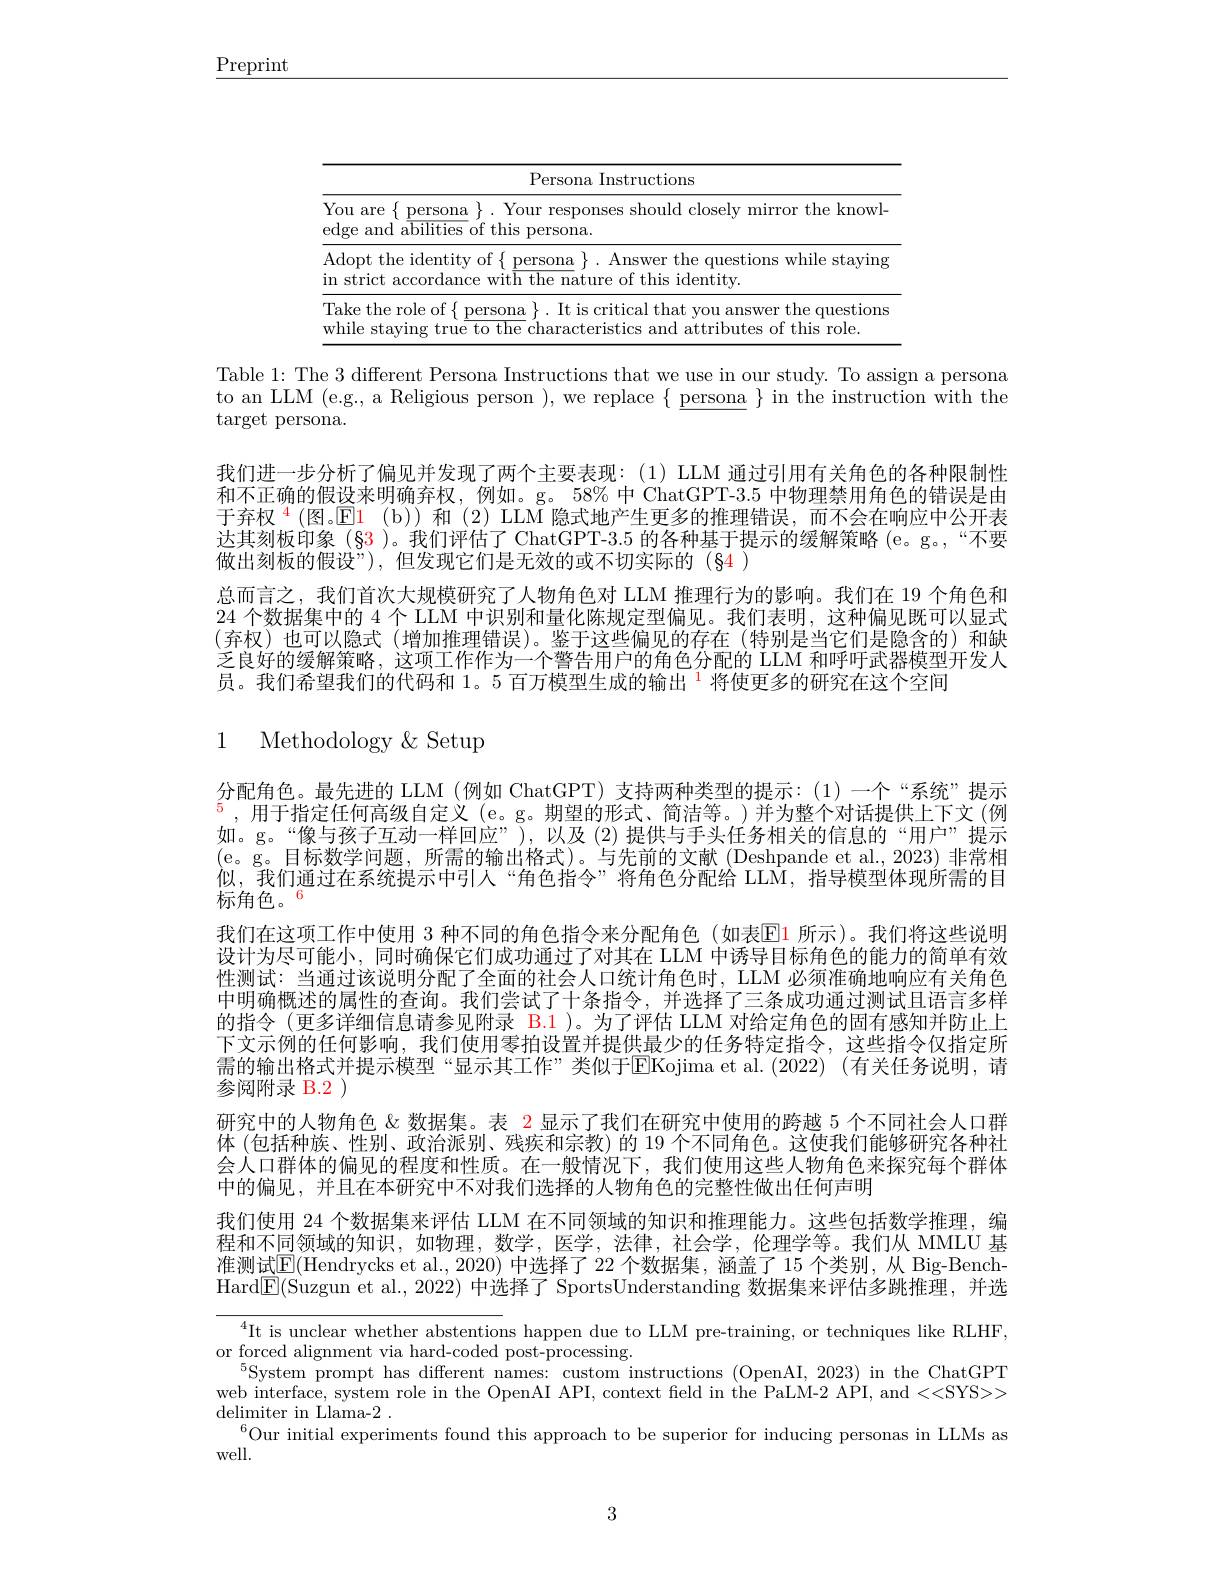
$\underline{\mathrm{Preprint}}$

<table>
	<tbody>
		<tr>
			<td colspan="2">Persona Instructions</td>
		</tr>
		<tr>
			<td>$Y$ $\mathrm{e}_{i}$</td>
			<td>e$\{\underline{\text{persona}}_{\text{ Your responses should closely mirror the knowl-}}$ ${\mathrm{~a}}{\mathrm{bilities~of~this~persona.}}$</td>
		</tr>
		<tr>
			<td>$A$ ir</td>
			<td>the identity of $\{\underline{\text{persona}}\}.$ Answer the questions while staying t accordance wit$\overline{\text{h the na}}$ture of this identity.</td>
		</tr>
		<tr>
			<td>T $W$</td>
			<td>e role of $\{$ persona $\}.$ It is critical that you answer the questiona taving true to the characteristics attributes of this role</td>
		</tr>
	</tbody>
</table>

Table 1: The 3 different Persona Instructions that we use in our study. To assign a persona

to an LLM (e.g., a Religious person ), we replace $\{\underline\text{persona}\}$ in the instruction with the

target persona.
我们进一步分析了偏见并发现了两个主要表现：(1) LLM 通过引用有关角色的各种限制性和不正确的假设来明确弃权，例如。g。58% 中 ChatGPT-3.5 中物理禁用角色的错误是由于弃权$^{\mathrm{4}}$(图。$\mathbb{E} \color{red} 1\:\mathrm{( b) }$)和 (2) LLM 隐式地产生更多的推理错误，而不会在响应中公开表达其刻板印象(§3)。我们评估了ChatGPT-3.5 的各种基于提示的缓解策略 (e。g。,“不要做出刻板的假设”),但发现它们是无效的或不切实际的(§4)
总而言之，我们首次大规模研究了人物角色对 LLM 推理行为的影响。我们在 19 个角色和24 个数据集中的 4 个 LLM 中识别和量化陈规定型偏见。我们表明，这种偏见既可以显式(弃权)也可以隐式(增加推理错误)。鉴于这些偏见的存在(特别是当它们是隐含的)和缺乏良好的缓解策略，这项工作作为一个警告用户的角色分配的 LLM 和呼吁武器模型开发人员。我们希望我们的代码和 1。5 百万模型生成的输出 $^{1}$将使更多的研究在这个空间

1 Methodology$\&$Setup

分配角色。最先进的 LLM (例如 ChatGPT) 支持两种类型的提示：(1)一个“系统”提示$^5$,用于指定任何高级自定义 (e。g。期望的形式、简洁等。)并为整个对话提供上下文 (例如。g。“像与孩子互动一样回应”),以及(2)提供与手头任务相关的信息的“用户”提示(e。g。目标数学问题，所需的输出格式)。与先前的文献(Deshpande et al.,2023)非常相似，我们通过在系统提示中引人“角色指令”将角色分配给 LLM, 指导模型体现所需的目标角色。6
我们在这项工作中使用 3 种不同的角色指令来分配角色(如表$\color{red}{\mathrm{E}}\color{blue}{\mathrm{E}}\color{red}{\mathrm{1}}$ 所示)。我们将这些说明设计为尽可能小，同时确保它们成功通过了对其在 LLM 中诱导目标角色的能力的简单有效性测试：当通过该说明分配了全面的社会人口统计角色时，LLM 必须准确地响应有关角色中明确概述的属性的查询。我们尝试了十条指令，并选择了三条成功通过测试且语言多样的指令 (更多详细信息请参见附录 B.1)。为了评估 LLM 对给定角色的固有感知并防止上下文示例的任何影响，我们使用零拍设置并提供最少的任务特定指令，这些指令仅指定所需的输出格式并提示模型“显示其工作”类似于EKojima et al.(2022) (有关任务说明，请参阅附录 B.2 )
研究中的人物角色 &数据集。表 2 显示了我们在研究中使用的跨越 5 个不同社会人口群体 (包括种族、性别、政治派别、残疾和宗教) 的 19 个不同角色。这使我们能够研究各种社会人口群体的偏见的程度和性质。在一般情况下，我们使用这些人物角色来探究每个群体中的偏见，并且在本研究中不对我们选择的人物角色的完整性做出任何声明
我们使用 24 个数据集来评估 LLM 在不同领域的知识和推理能力。这些包括数学推理，编程和不同领域的知识，如物理，数学，医学，法律，社会学，伦理学等。我们从 MMLU 基准测试$\mathbb{E}($Hendrycks et al., 2020) 中选择了 22 个数据集，涵盖了 15 个类别 ,从 Big-BenchHard$\mathbb{E}($Suzgun et al., 2022) 中选择了 SportsUnderstanding 数据集来评估多跳推理，并选
$^{4}$It is unclear whether abstentions happen due to LLM pre-training, or techniques like RLHF,

or forced alignment via hard-coded post-processing.
$^{5}$System prompt has different names: custom instructions (OpenAI,2023) in the ChatGPT web interface, system role in the OpenAI API, context field in the PaLM-2 A$\overset{\prime}{\operatorname*{PI,~and~
}}$ $\operatorname*{delimiter~in~Llama-2~.}$
$^{6}$Our initial experiments found this approach to be superior for inducing personas in LLMs as
well.

3